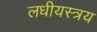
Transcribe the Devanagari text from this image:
लधीयस्त्रय